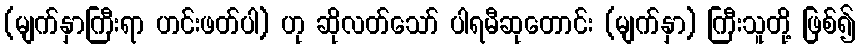
(မျက်နှာကြီးရာ ဟင်းဖတ်ပါ) ဟု ဆိုလတ်သော် ပါရမီဆုတောင်း (မျက်နှာ) ကြီးသူတို့ ဖြစ်၍